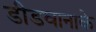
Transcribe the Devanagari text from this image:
डीडवानाके